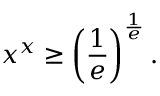
x ^ { x } \geq \left( { \frac { 1 } { e } } \right) ^ { \frac { 1 } { e } } .